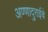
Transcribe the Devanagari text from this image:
अण्णादुराईचे